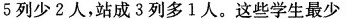
5列少2人，站成3列多1人。这些学生最少